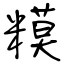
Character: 糢